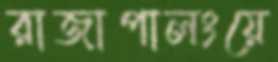
রাজাপালংয়ে